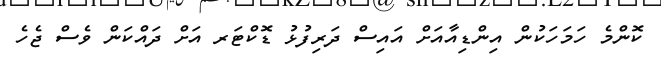
ކޮންމެ ހަމަހަކުން އިންޑިއާއަށް އައިސް ދަރިފުޅު ޑޮކްޓަރ އަށް ދައްކަން ވެސް ޖެހެ